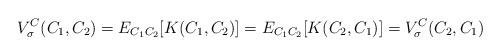
LaTeX: \begin{align*}V^{C}_{\sigma}(C_{1},C_{2}) = E_{C_{1}C_{2}}[ K (C_{1}, C_{2}) ] = E_{C_{1}C_{2}}[ K(C_{2},C_{1}) ] = V^{C}_{\sigma}(C_{2},C_{1}) \end{align*}